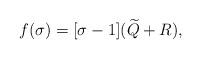
LaTeX: \begin{align*}f(\sigma) = [\sigma-1](\widetilde Q + R),\end{align*}